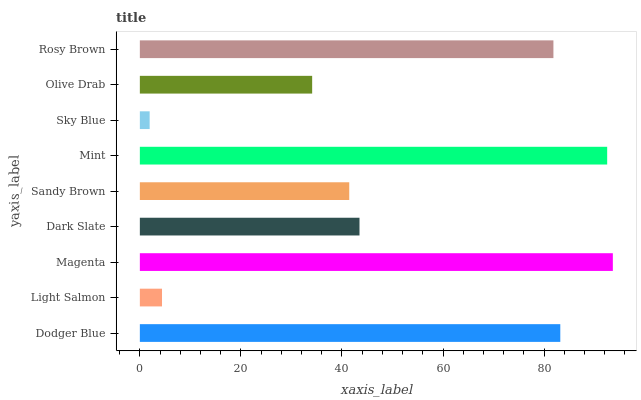
| yaxis_label | bars |
 | --- | --- |
 | Dodger Blue | 83.2 |
 | Light Salmon | 4.39 |
 | Magenta | 93.6 |
 | Dark Slate | 43.5 |
 | Sandy Brown | 41.4 |
 | Mint | 92.5 |
 | Sky Blue | 1.94 |
 | Olive Drab | 34.1 |
 | Rosy Brown | 81.8 |